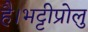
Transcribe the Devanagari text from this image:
है।भट्टीप्रोलु